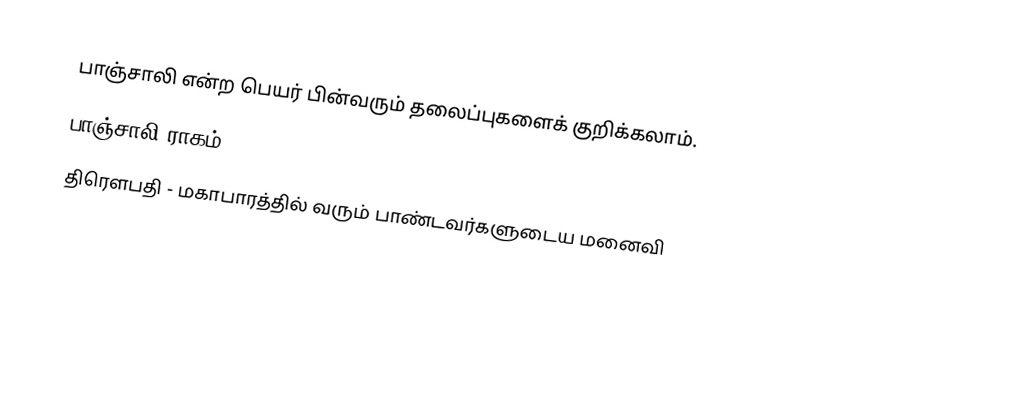
பாஞ்சாலி என்ற பெயர் பின்வரும் தலைப்புகளைக் குறிக்கலாம்.
 பாஞ்சாலி ராகம்
 திரெளபதி - மகாபாரத்தில் வரும் பாண்டவர்களுடைய மனைவி